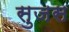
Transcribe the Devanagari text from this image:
सुजस